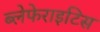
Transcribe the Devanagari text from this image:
ब्लेफेराइटिस